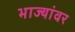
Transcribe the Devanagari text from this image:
भाज्यांवर